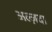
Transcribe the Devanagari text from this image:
अल्ज़दा